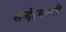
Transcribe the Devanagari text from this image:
सन्देहमण्वपि